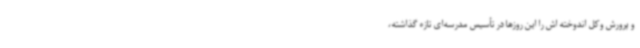
و پرورش وکل اندوخته اش را این روزها در تأسیس مدرسه‌ای تازه گذاشته،